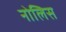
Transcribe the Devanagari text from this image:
नोलिस